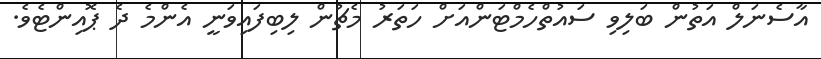
އާސެނަލް އަތުން ބަލިވި ސައުތްހެމްޓަންއަށް ހަތަރު މެޗުން ލިބިފައިވަނީ އެންމެ ދެ ޕޮއިންޓެވެ.